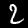
Label: 2